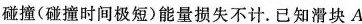
碰撞(碰撞时间极短)能量损失不计. 已知滑块A